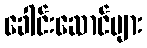
ခေါင်းဆောင်များ